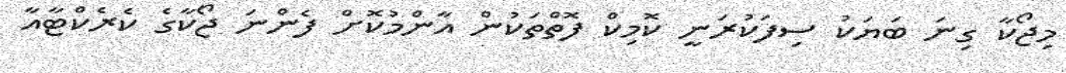
މިޖޯކާ ގިނަ ބަޔަކު ސިފަކުރަނީ ކޮމިކް ފޮތްތަކުން އާންމުކޮށް ފެންނަ ޖޯކާގެ ކެރެކްޓާއާ